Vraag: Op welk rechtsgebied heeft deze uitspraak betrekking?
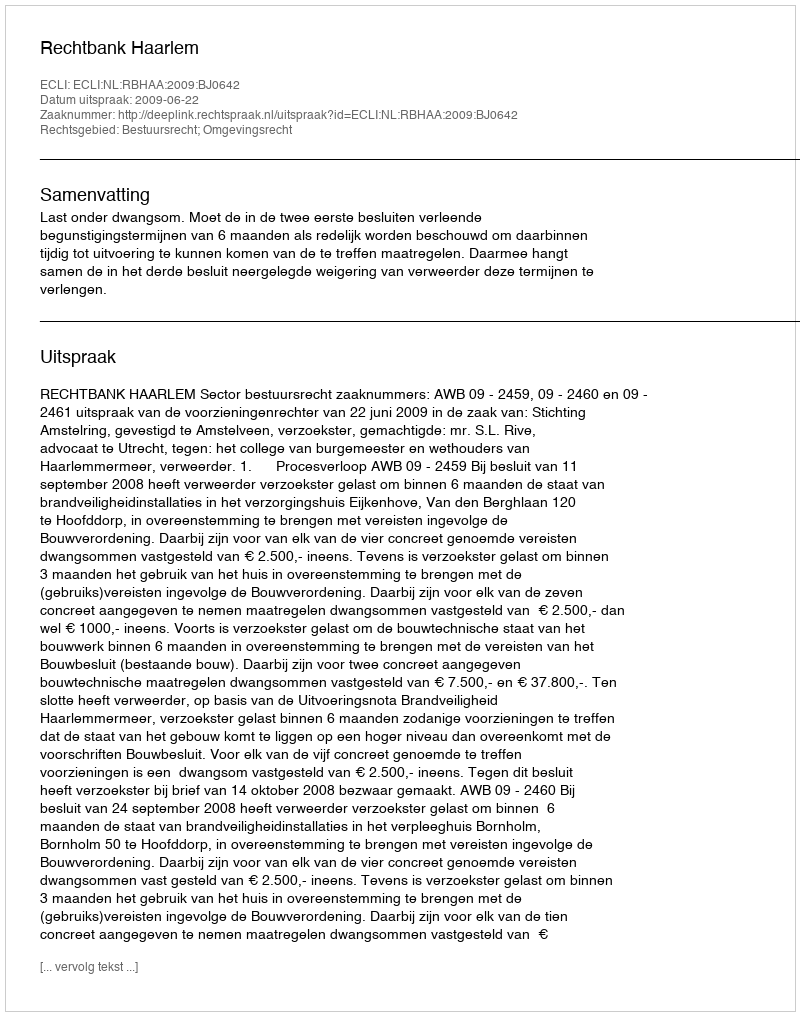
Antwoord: Bestuursrecht; Omgevingsrecht